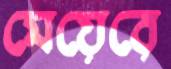
মেয়েরে